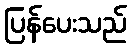
ပြန်ပေးသည်